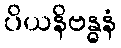
ပိယနိဗန္ဓနံ